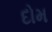
દોમ